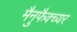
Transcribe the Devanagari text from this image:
मैनुफैक्च्यर